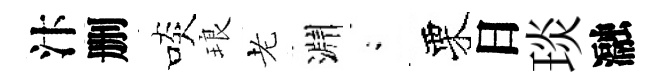
汴删啖琅老淵閤栗日琰瀜